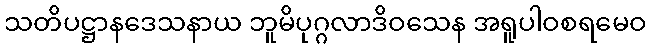
သတိပဋ္ဌာနဒေသနာယ ဘူမိပုဂ္ဂလာဒိဝသေန အရူပါဝစရမေဝ